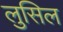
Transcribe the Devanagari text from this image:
लुसिल